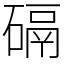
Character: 䃒